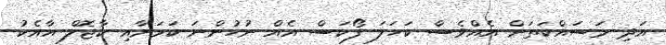
އަދި މަސައްކަތަށް އެއްވެސް ކަހަލަ ފޯކަސް އެއް ނުހުންނަ ކަމަށާއި ކާޖޮލް އާއެކު